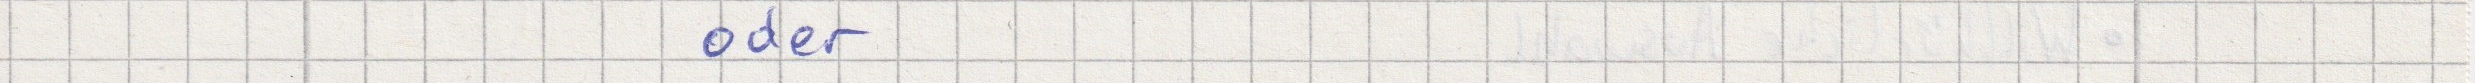
oder